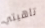
تاهيتي